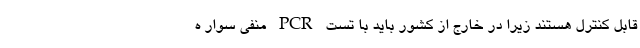
قابل کنترل هستند زیرا در خارج از کشور باید با تست PCR منفی سوار ه